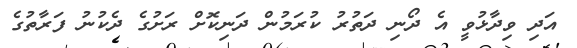
އަދި ވިދާޅުވީ އެ ދޯނި ދަތުރު ކުރަމުން ދަނިކޮށް ރަށުގެ ދެކުނު ފަރާތުގެ